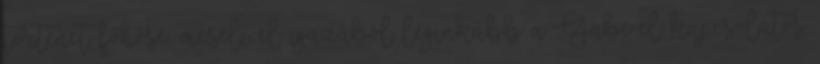
történet főhőse, meséli el igazából leginkább a Gabe-el kapcsolatos